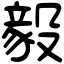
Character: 毅